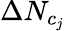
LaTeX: \Delta N_{c_{j}}